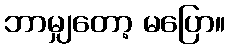
ဘာမျှတော့ မပြော။